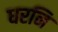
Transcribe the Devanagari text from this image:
धरनि